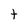
Character: t